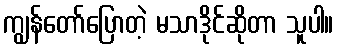
ကျွန်တော်ပြောတဲ့ မသာဒိုင်ဆိုတာ သူပါ။